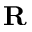
\textbf { R }